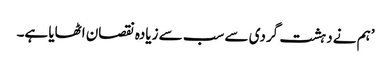
’ہم نے دہشت گردی سے سب سے زیادہ نقصان اٹھایا ہے۔